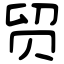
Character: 贸